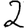
Digit: 2